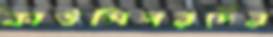
কাউন্সিলরদের